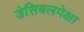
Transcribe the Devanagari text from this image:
डेसिबलपेक्षा